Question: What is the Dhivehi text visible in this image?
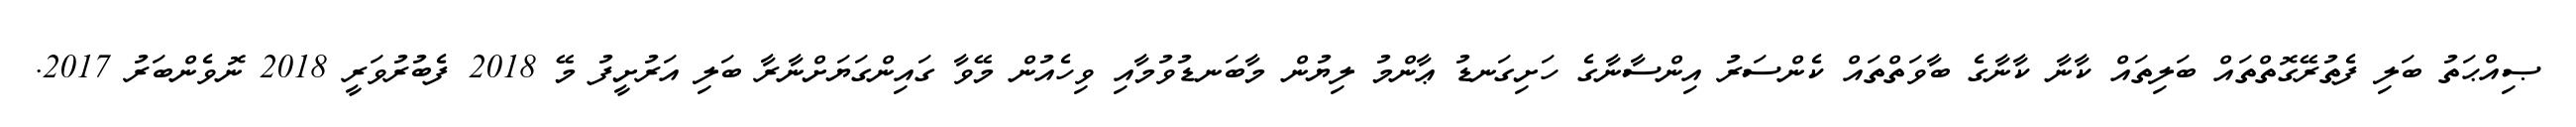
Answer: ޞިއްޙަތު ބަލި ފެތުރޭގޮތްތައް ބަލިތައް ކާނާ ކާނާގެ ބާވަތްތައް ކެންސަރު އިންސާނާގެ ހަށިގަނޑު ޢާންމު ލިޔުން މާބަނޑުވުމާއި ވިހެއުން މޭވާ ގައިންގަޔަށްނާރާ ބަލި އަރުށީފު މޭ 2018 ފެބުރުވަރީ 2018 ނޮވެންބަރު 2017.